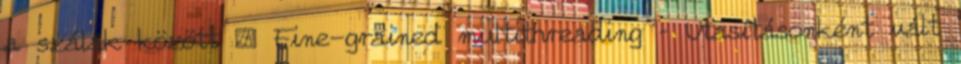
a szálak között ● Fine-grained multithreading – Utasításonként vált